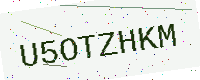
Text: U5OTZHKM